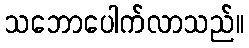
သဘောပေါက်လာသည်။